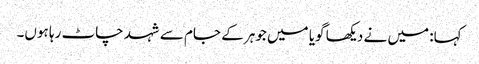
کہا: میں نے دیکھا گویا میں جوہر کے جام سے شہد چاٹ رہا ہوں۔